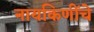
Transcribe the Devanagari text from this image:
नायकिणींचे